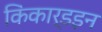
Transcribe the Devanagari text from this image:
किंकार्डइन